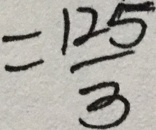
= \frac { 1 2 5 } { 3 }